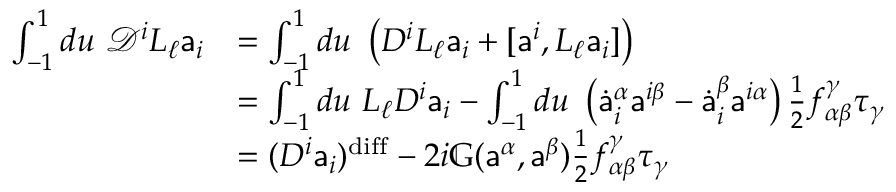
\begin{array} { r l } { \int _ { - 1 } ^ { 1 } d u \ \mathcal { D } ^ { i } L _ { \ell } { \mathsf { a } } _ { i } } & { = \int _ { - 1 } ^ { 1 } d u \ \left( D ^ { i } L _ { \ell } { \mathsf { a } } _ { i } + [ { \mathsf { a } } ^ { i } , L _ { \ell } { \mathsf { a } } _ { i } ] \right) } \\ & { = \int _ { - 1 } ^ { 1 } d u \ L _ { \ell } D ^ { i } { \mathsf { a } } _ { i } - \int _ { - 1 } ^ { 1 } d u \ \left( \dot { \mathsf { a } } _ { i } ^ { \alpha } { \mathsf { a } } ^ { i \beta } - \dot { \mathsf { a } } _ { i } ^ { \beta } { \mathsf { a } } ^ { i \alpha } \right) \frac 1 2 f _ { \alpha \beta } ^ { \gamma } \tau _ { \gamma } } \\ & { = ( D ^ { i } { \mathsf { a } } _ { i } ) ^ { \mathrm { d i f f } } - 2 i \mathbb { G } ( { \mathsf { a } } ^ { \alpha } , { \mathsf { a } } ^ { \beta } ) \frac { 1 } { 2 } f _ { \alpha \beta } ^ { \gamma } \tau _ { \gamma } } \end{array}